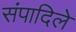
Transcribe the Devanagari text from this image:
संपादिले